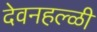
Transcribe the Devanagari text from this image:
देवनहल्ळी